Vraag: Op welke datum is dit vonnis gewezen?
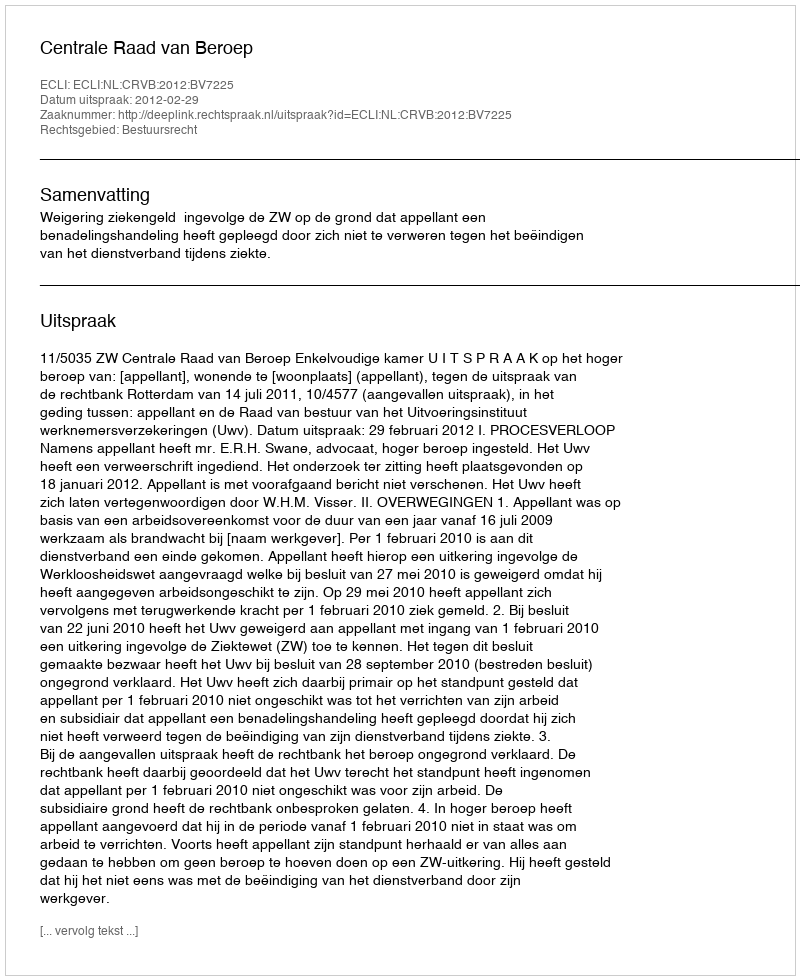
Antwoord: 2012-02-29